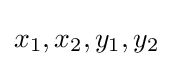
x_{1},x_{2},y_{1},y_{2}